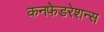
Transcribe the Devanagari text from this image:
कनफेडरेशन्स